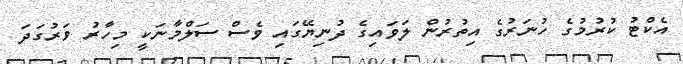
އެކްޓު ކުރުމުގެ ހުނަރުގެ އިތުރުން ލަވައިގެ ދުނިޔޭގައި ވެސް ސަލްމާނަކީ މިހާރު ވަރުގަދަ